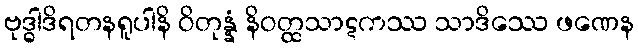
ဗုဒ္ဓါဒိရတနရူပါနိ ဝိတုန္နံ နိဝတ္ထသာဋကဿ သာဒိဿေ ဖဏေန